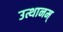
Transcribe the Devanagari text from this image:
उत्थानम्